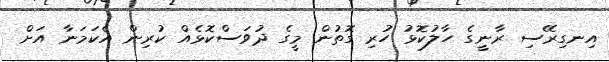
އިނގިރޭސި ރާނީގެ ހާލުކޮޅު ހުރި ގޮތުން މީގެ ދުވަސްކޮޅެއް ކުރިން އެކަމަނާ އަށް